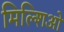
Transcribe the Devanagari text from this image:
मिल्शिओ